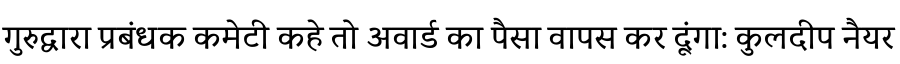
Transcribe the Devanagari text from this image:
गुरुद्वारा प्रबंधक कमेटी कहे तो अवार्ड का पैसा वापस कर दूंगा: कुलदीप नैयर